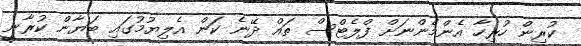
ކުރިން ހުރިހާ އެންމެންނަށް ފްލެޓްސް ތައް ދޭނެ ކަން އެލިޔުމުގައި ބަޔާން ކުރާނީ